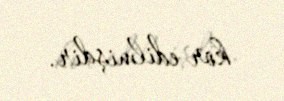
kor edilmişdir.